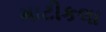
માટીકલા